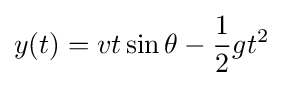
y(t)=vt\sin \theta -{\frac {1}{2}}gt^{2}